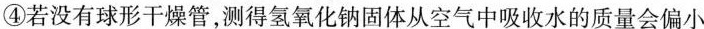
④若没有球形干燥管，测得氢氧化钠固体从空气中吸收水的质量会偏小